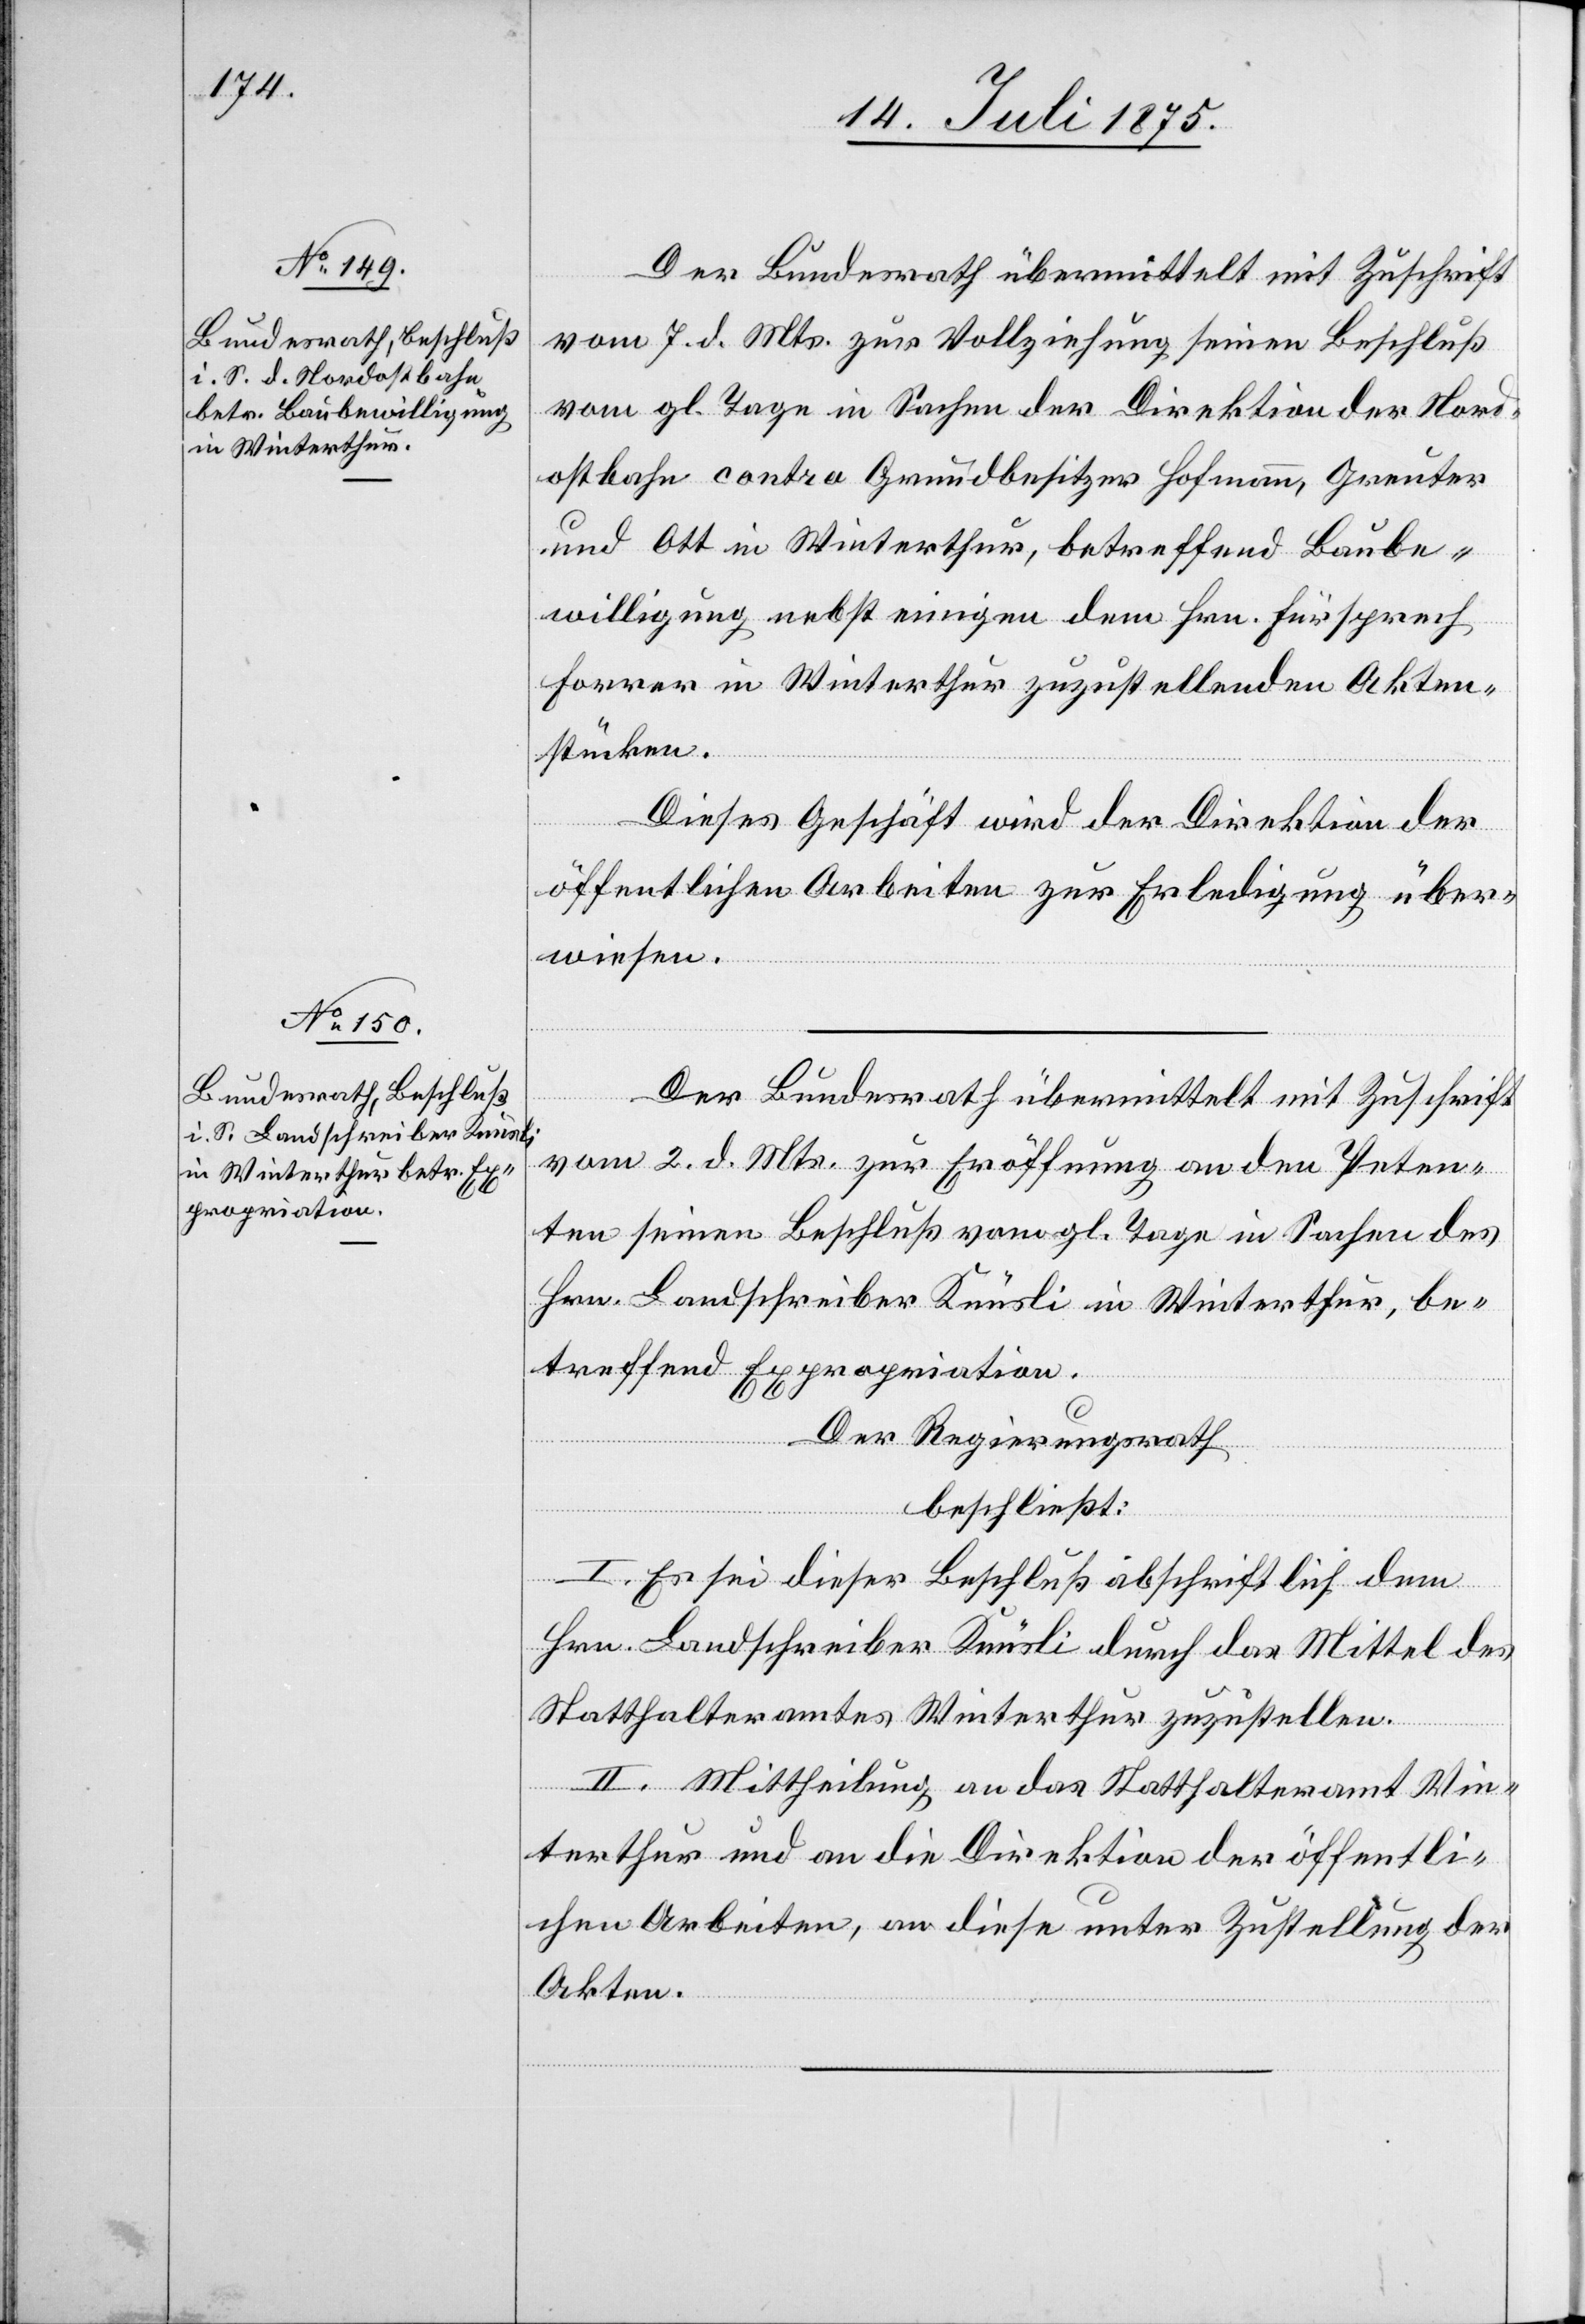
Der Bundesrath übermittelt mit Zuschrift
vom 7. d. Mts. zur Vollziehung seinen Beschluß
vom gl. Tage in Sachen der Direktion der Nord¬
ostbahn contra Grundbesitzer Hofmann, Greuter
und Ott in Winterthur, betreffend Baube¬
willigung nebst einigen dem Hrn. Fürsprech
Forrer in Winterthur zuzustellenden Akten¬
stücken.
Dieses Geschäft wird der Direktion der
öffentlichen Arbeiten zur Erledigung über¬
wiesen.
Der Bundesrath übermittelt mit Zuschrift
vom 2. d. Mts. zur Eröffnung an den Peten¬
ten seinen Beschluß vom gl. Tage in Sachen des
Hrn. Landschreiber Knüsli in Winterthur, be¬
treffend Expropriation.
Der Regierungsrath
beschließt:
I. Es sei dieser Beschluß abschriftlich dem
Hrn. Landschreiber Knüsli durch das Mittel des
Statthalteramtes Winterthur zuzustellen.
II. Mittheilung an das Statthalteramt Win¬
terthur und an die Direktion der öffentli¬
chen Arbeiten, an diese unter Zustellung der
Akten.